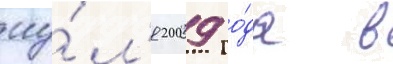
иу́л'я 2009 го́да в